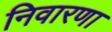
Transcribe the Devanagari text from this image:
निवारणा